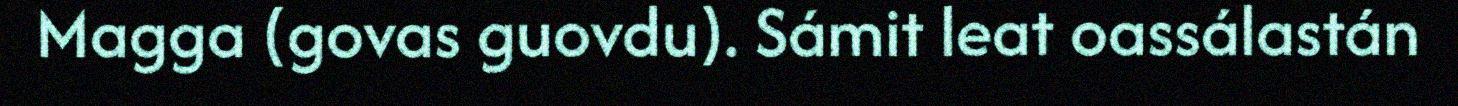
Magga (govas guovdu). Sámit leat oassálastán